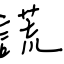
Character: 謊